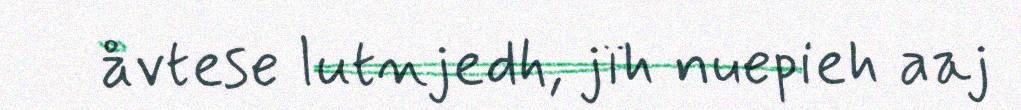
åvtese lutnjedh, jïh nuepieh aaj